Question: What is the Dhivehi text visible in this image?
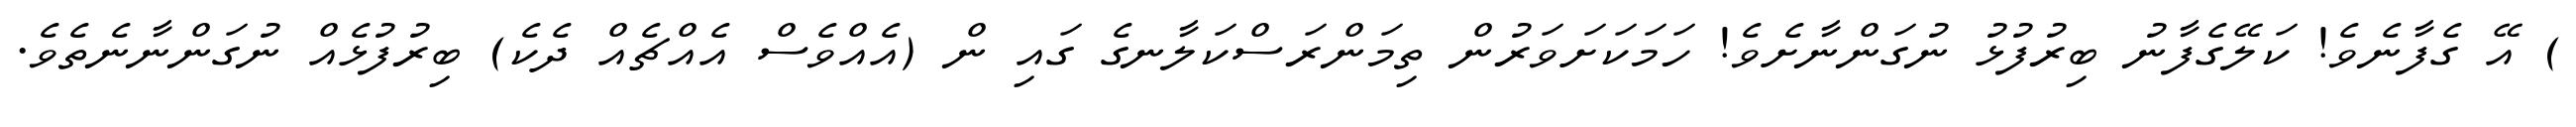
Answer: ) އޭ ގެފާނެވެ! ކަލޭގެފާނު ބިރުފުޅު ނުގަންނާށެވެ! ހަމަކަށަވަރުން ތިމަންރަސްކަލާނގެ ގައި ން (އެއްވެސް އެއްޗެއް ދެކެ) ބިރުފުޅެއް ނުގަންނާނެތެވެ.